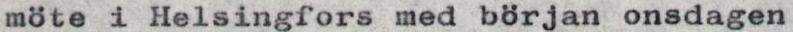
möte i Helsingfors med början onsdagen